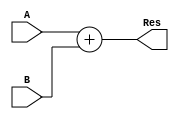
module adder (
    input wire[31:0] A,
    input wire[31:0] B,
    output reg [31:0] Res
);
always @(*)
begin
Res = A + B;
end
endmodule